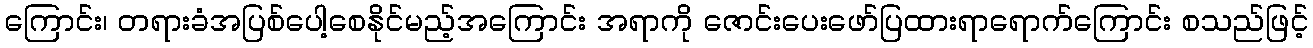
ကြောင်း၊ တရားခံအပြစ်ပေါ့စေနိုင်မည့်အကြောင်း အရာကို ဇောင်းပေးဖော်ပြထားရာရောက်ကြောင်း စသည်ဖြင့်